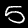
Digit: 5